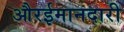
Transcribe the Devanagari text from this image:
औरईमानदारी